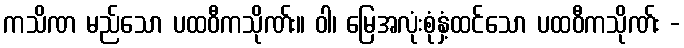
ကသိဏ မည်သော ပထဝီကသိုဏ်း။ ဝါ၊ မြေအလုံးစုံနှံ့ထင်သော ပထဝီကသိုဏ်း -